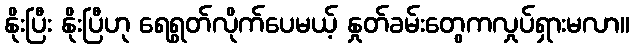
နိုးပြီး နိုးပြီဟု ရေရွတ်လိုက်ပေမယ့် နှုတ်ခမ်းတွေကလှုပ်ရှားမလာ။